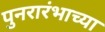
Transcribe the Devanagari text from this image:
पुनरारंभाच्या